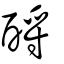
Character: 酹